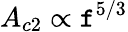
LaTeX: A_{c2}\propto\mathtt{f}^{5/3}